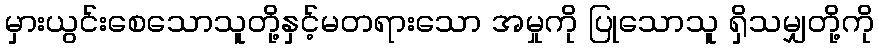
မှားယွင်းစေသောသူတို့နှင့်မတရားသော အမှုကို ပြုသောသူ ရှိသမျှတို့ကို